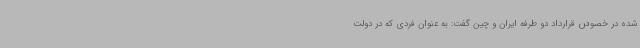
شده در خصوص قرارداد دو طرفه ایران و چین گفت: به عنوان فردی که در دولت